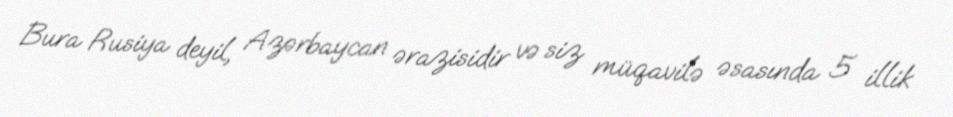
Bura Rusiya deyil, Azərbaycan ərazisidir və siz müqavilə əsasında 5 illik